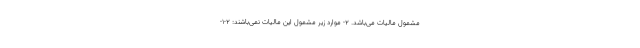
مشمول مالیات می‌باشد. ۲- موارد زیر مشمول این مالیات نمی‌باشند: ۲-۱-